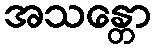
အသန္တော